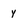
Character: y